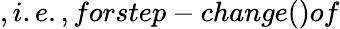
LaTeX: ,i.e.,forstep-change()of